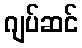
ဂျပ်ဆင်